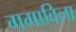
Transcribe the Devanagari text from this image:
गमाविला